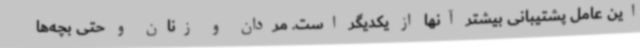
این عامل پشتیبانی بیشتر آنها از یکدیگر است. مردان و زنان و حتی بچه‌ها